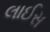
લાઈસ